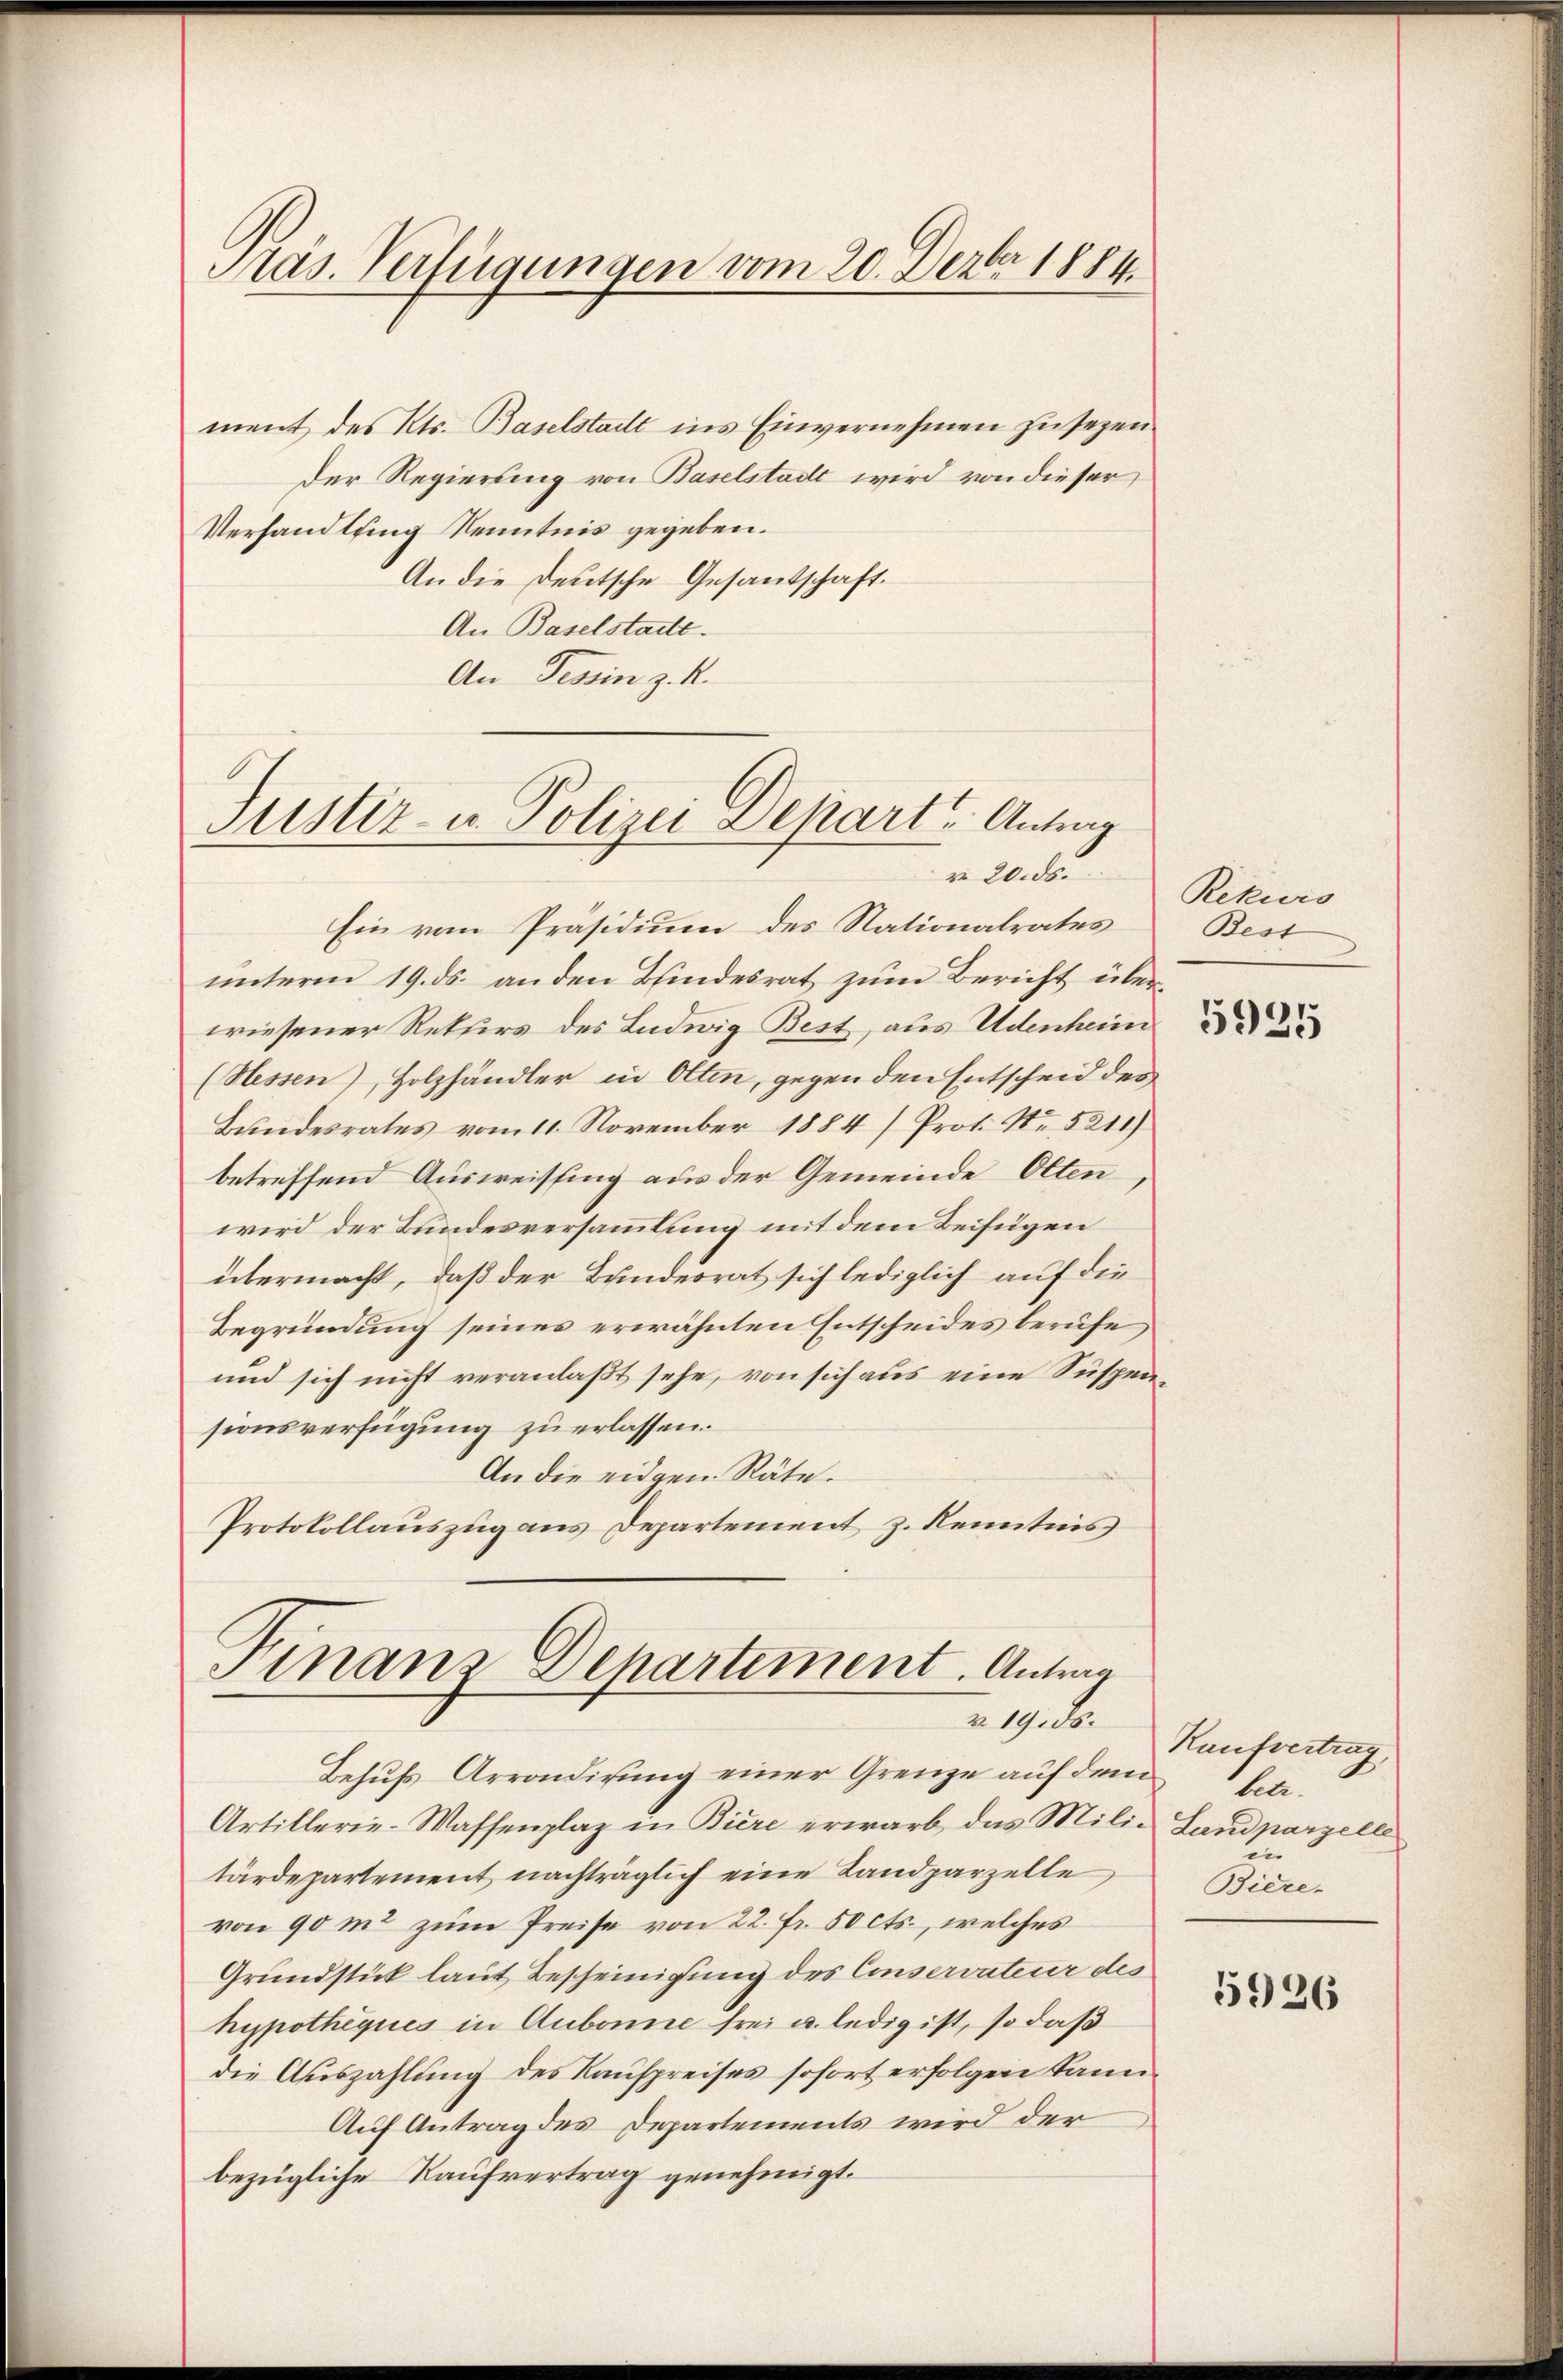
Präs. Verfügungen vom 20. Dezbr 1884.

ment des Kts. Baselstadt ins Einvernehmen zu sezen
Der Regierung von Baselstadt wird von dieser
Verhandlung Kenntnis gegeben.
An die Deutsche Gesandschaft.
An Baselstatte.
An Tessin z. K.

Justiz- u. Polizei Depart. Antrag
r 20. ds.

Finanz-Departement. Antrag
v. 19. ds.

Ein von Präsidium des Nationalrates
unterm 19. ds. an den Bindesrat zum Bericht überwiesener Rekurs des Ludwig Best, aus Udenheim
(Hessen), Holzhändler in Olten, gegen den Entscheid des
Bundesrates vom 11. November 1884) Prot. Nr. 5211)
betreffend Ausweissung aus der Gemeinde Olten
wird der Bundesversammlung mit dem Beifügen
übermacht, daß der Bundesrat sich lediglich auf die
Begründung seines erwähnten Entscheides berufe
und sich nicht veranlaßt sehe, von sich aus eine Suspensionsverfügung zu erlassen.
An die eidgen. Räte.
Protokollauszug aus Departement z. Kenntnis

Rekurs
Best

Behufs Arrondirung einer Grenze auf dem
Artillerie-Waffenplaz in Biere erwarb, das Milie Landparzelle
tärdepartement nachträglich eine Landparzelle,
von 90 m2 zum Preise von 22. Fr. 50 cts., welches
Grundstück laut Bescheinigung des Einservateur des
hypothèques in Aubonne frei u. ledig ist, so daß
die Auszahlung des Kaufpreises sofort erfolgen kann¬
Auf Antrag des Departements wird der
bezügliche Kaufvertrag genehmigt.

5925

Kaufvertrag,
betr.
en |
Biere.

5926